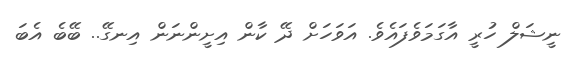
ނީޝަލް ހުރީ އާގަމަވެފައެވެ. އަވަހަށް ދޭ ކާން އިށީންނަން އިނގޭ.. ބޭބެ އެބަ